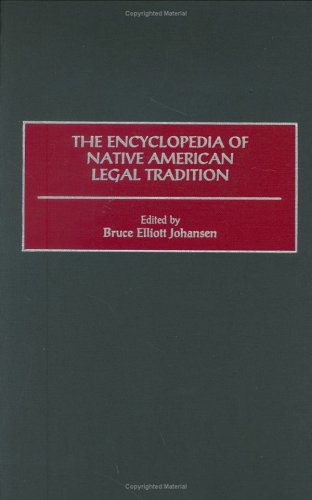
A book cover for The Encyclopedia of Native American Legal Tradition (Dilemmas in American Politics); Bruce E. Johansen Ph.D.; Law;